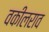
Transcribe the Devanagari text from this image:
वकीलराव